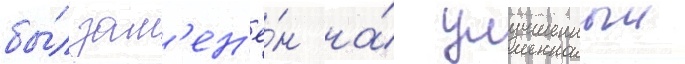
бы́л зам'ен'ё́н на́ улучшенныи